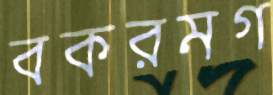
বকরমগ